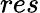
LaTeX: res